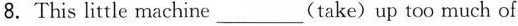
8.This little machine ___ (take) up too much of